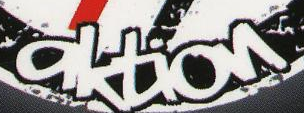
aktion